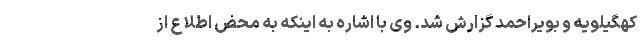
کهگیلویه و بویراحمد گزارش شد. وی با اشاره به اینکه به محض اطلاع از